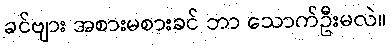
ခင်ဗျား အစားမစားခင် ဘာ သောက်ဦးမလဲ။